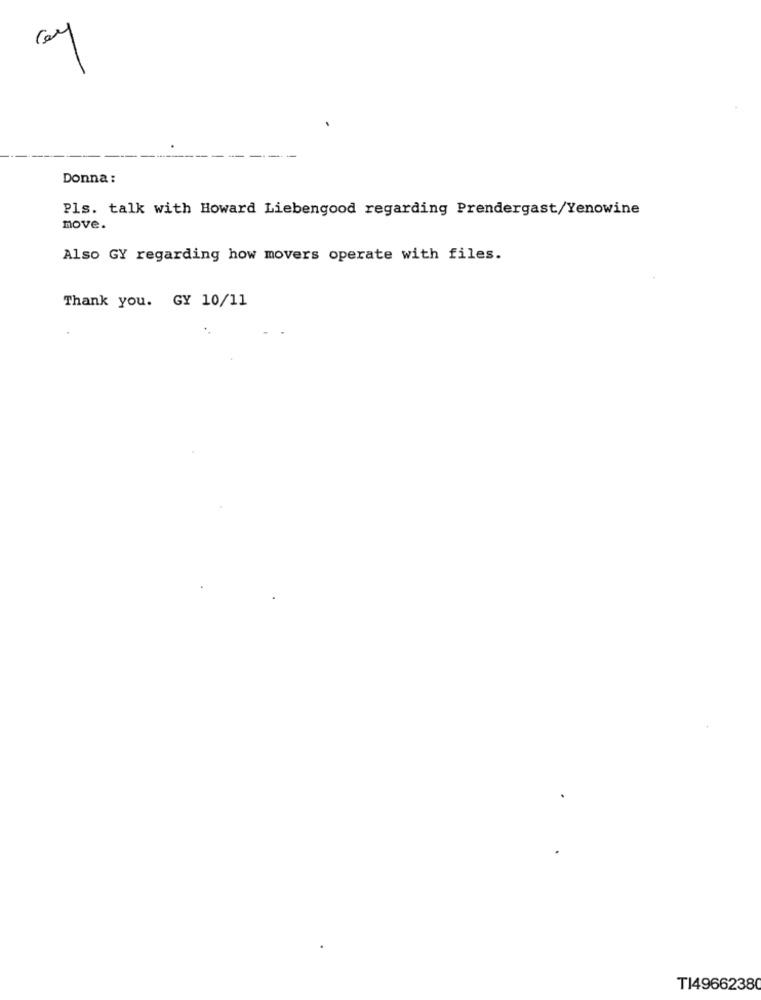
Donna:
Pls. talk with Howard Liebengood regarding Prendergast/Yenowine
move.
Also GY regarding how movers operate with files.
Thank you. GY 10/11
TI4966238